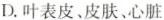
D.叶表皮、皮肤、心脏